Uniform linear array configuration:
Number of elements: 64
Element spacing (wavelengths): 0.75
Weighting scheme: uniform
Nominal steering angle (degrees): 0
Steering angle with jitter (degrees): -1.006
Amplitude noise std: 0.05
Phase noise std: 0.05

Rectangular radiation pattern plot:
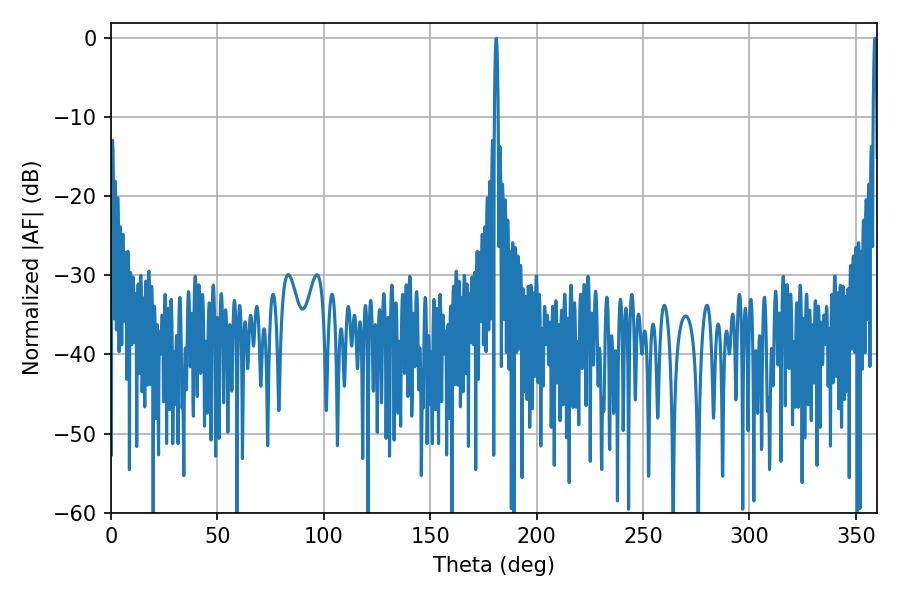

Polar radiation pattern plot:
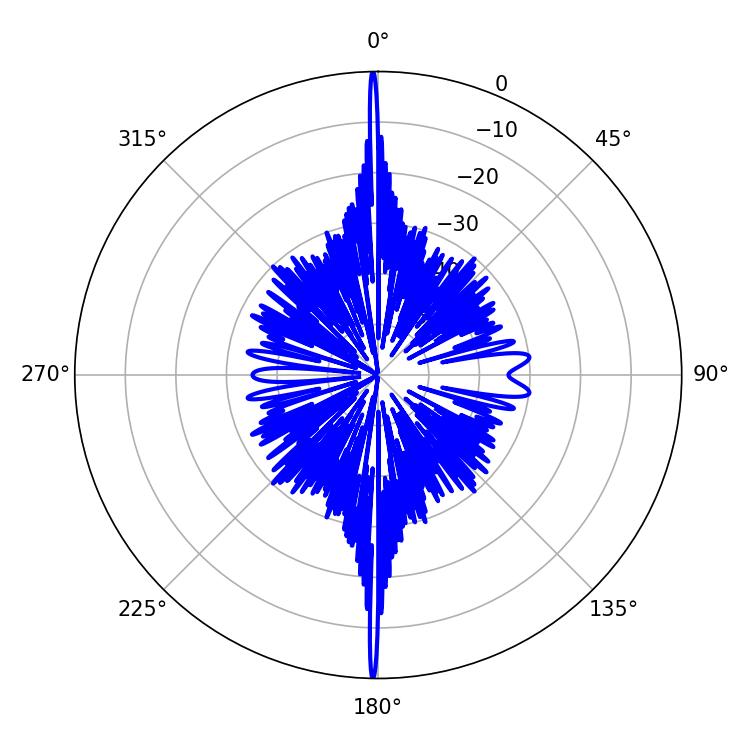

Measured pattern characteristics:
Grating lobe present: TRUE
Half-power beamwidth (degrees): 0.9
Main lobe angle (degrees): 358.92